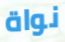
نواة